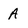
Character: A